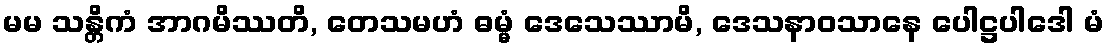
မမ သန္တိကံ အာဂမိဿတိ, တေသမဟံ ဓမ္မံ ဒေသေဿာမိ, ဒေသနာဝသာနေ ပေါဋ္ဌပါဒေါ မံ